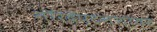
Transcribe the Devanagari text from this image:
नॉरदॅप्टनशायर